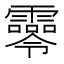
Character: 𩆖